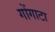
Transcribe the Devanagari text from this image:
गोंगाटा